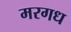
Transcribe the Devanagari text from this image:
मरगध